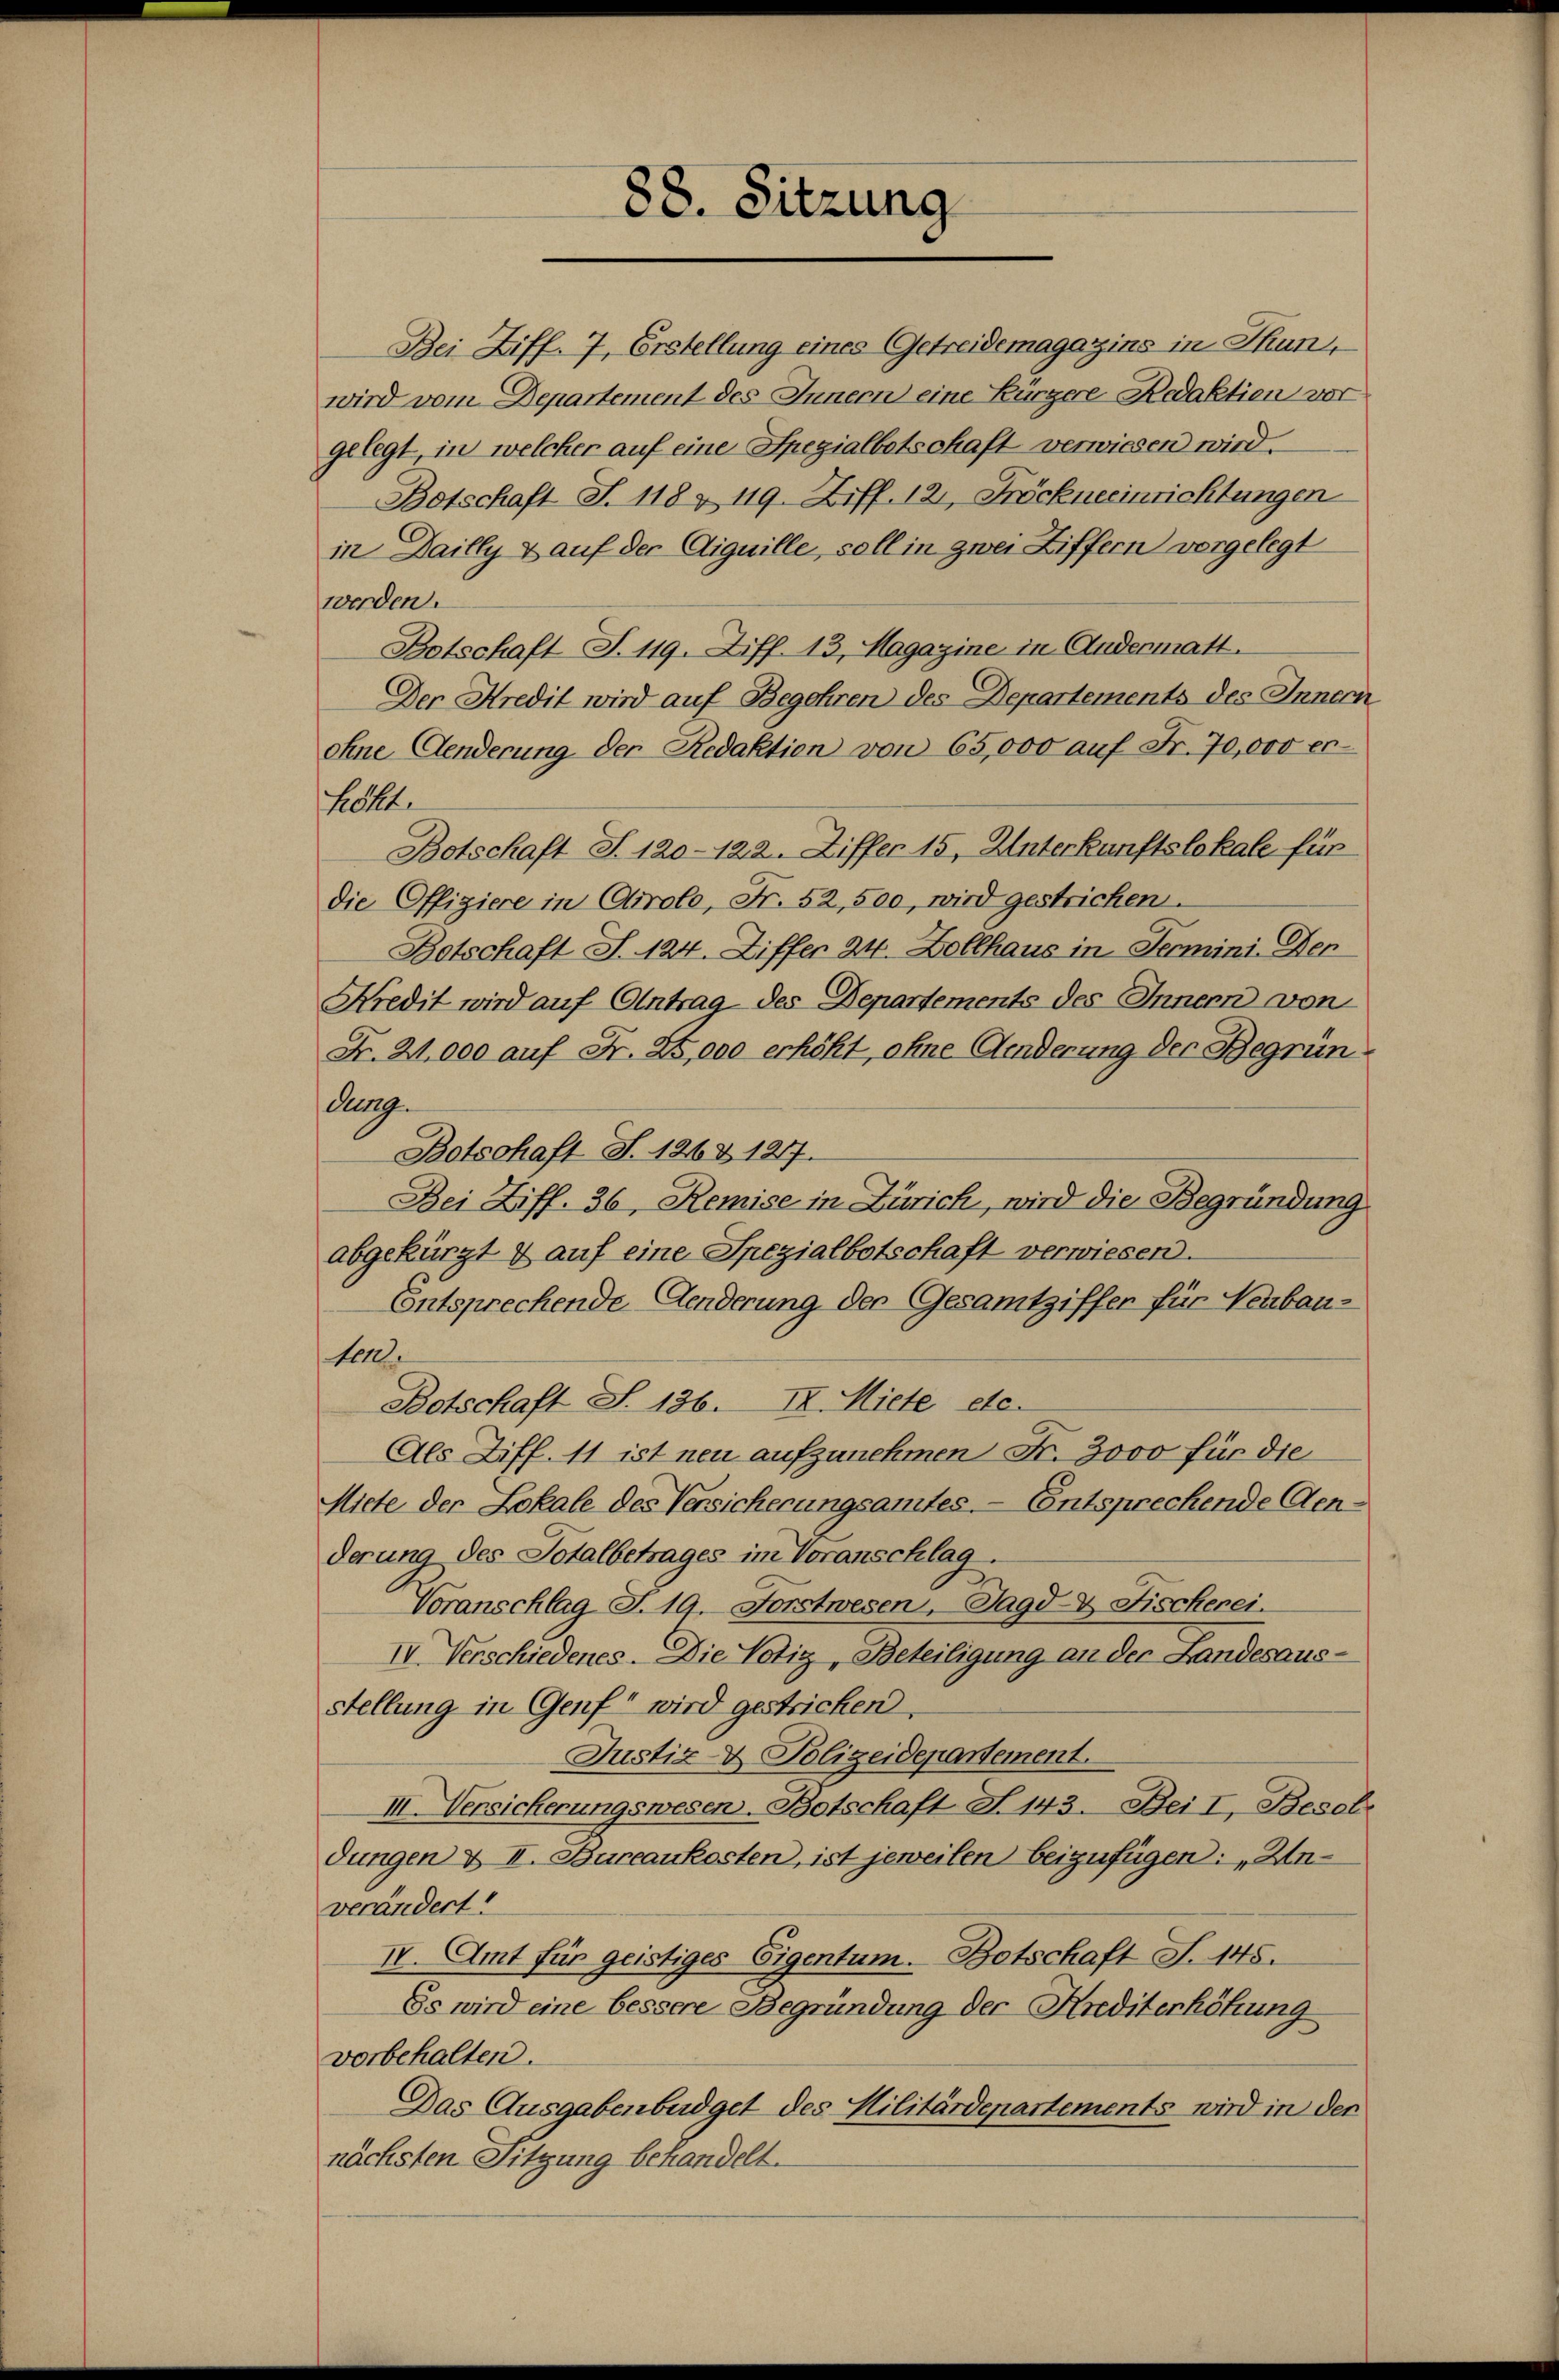
Bei Ziff. 7, Erstellung eines Getreidemagazins in Thun,
wird vom Departement des Innern eine Bürgere Redaktien vor
gelegt, in welcher auf eine Spezialbetschaft verwiesen wird.
Botschaft S. 118 & 119. Ziff. 121, Fröckneeinrichtungen
in Dailly & auf der Liquille, soll in zwei Ziffern vorgelegt
werden.
Botschaft S. 119. Ziff. 13. Magazine in Andermatt.
Der Kredit wird auf Begehren des Departements des Inner
ohne Aenderung der Redaktion von 65,000 auf Fr. 70,000 erhöht.
Botschaft S. 120-122. Ziffer 15, Unterkunftslokale für
die Offiziere in Airolo, Fr. 52,500, wird gestricken.
Betschaft S. 124. Ziffer 24. Dollhaus in Termini. Der
Kredit wird auf Antrag des Departements des Innern von
Fr. 21,000 auf Fr. 25,000 erhöht, ohne Aenderung der Begründurg.
Botschaft S. 1263. 1217.
Bei Ziff. 36, Remise in Zürich, wird die Begründung
abgekürzt & auf eine Spezialbotschaft verwiesen.
Entsprechende Aenderung der Gesamtziffen für Neubau-
terl
Botschaft S. 136. I. Miete etc.
Als Ziff. 11 ist neu aufzunehmen Fr. 3000 für die
Miete der Lokale des Versicherungsamtes. — Entsprechende Cenderung des Totalbetrages im Voranschlag.
Voranschlag S. 19. Forstwesen, Jagd- & Fischerei.
IV. Verschiedenes. Die Notiz, Beteiligung an der Landesausstellung in Genf wird gestricken.
Justiz- & Polizeidepartement.
II Versicherungswesen. Botschaft No. 143. Bei I, Besol
dungen & II. Bureaukosten, ist jeweilen beizufügen: „Unverändert!
IV. Amt für geistiges Eigentum. Botschaft S. 145.
Es wird eine bessere Begründung der Krediterhöhung
vorbehalten.
Das Ausgabenbüdget des Militärdepartements wird in der
nächsten Sitzung behandelt.

88. Sitzung